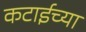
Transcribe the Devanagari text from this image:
कटाईच्या